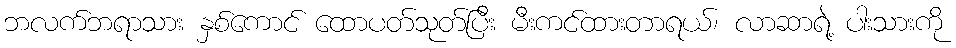
ဘလက်ဘရာသား နှစ်ကောင် ထောပတ်သုတ်ပြီး မီးကင်ထားတာရယ်၊ လာဆာရဲ့ ပါးသားကို